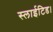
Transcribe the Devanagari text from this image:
स्लाईटिड।